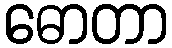
ဓောတာ